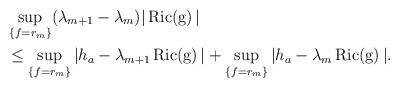
LaTeX: \begin{align*} &\sup _{\{f=r_{m}\}}(\lambda_{m+1}-\lambda_m)|\operatorname{Ric(g)}|\\ &\leq\sup _{\{f=r_{m}\}} |h_a-\lambda_{m+1}\operatorname{Ric(g)}|+\sup _{\{f=r_{m}\}} |h_a-\lambda_{m}\operatorname{Ric(g)}|. \end{align*}